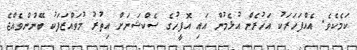
ކަމެކެވެ. އެއްފަހަރަކު އަހުރެން އުޅެމުން އައި އޮފީހުގެ ސެކްޝަނަށް އިތުރު މުވައްޒަފަކު ބޭނުންވެއްޖެ